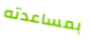
بمساعدته